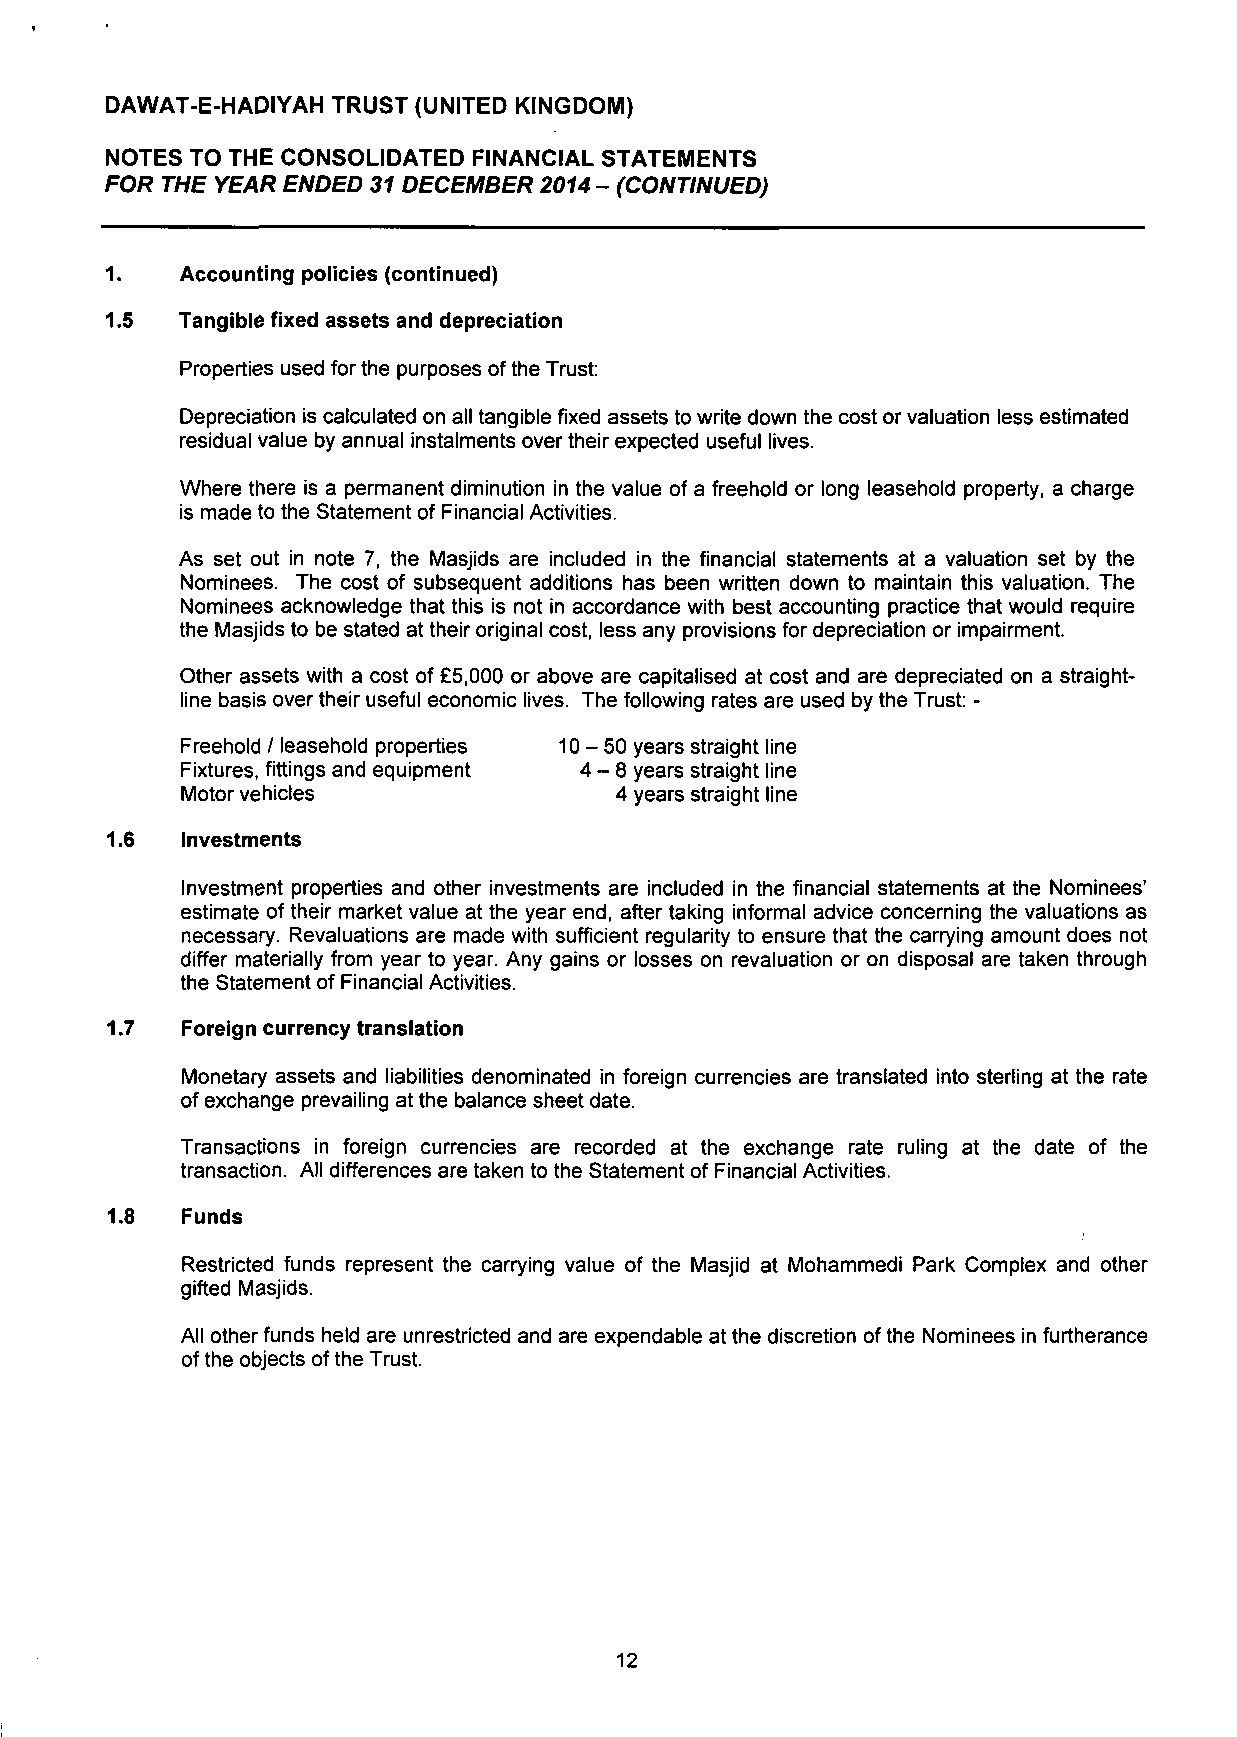
DAWAT-E-HADIYAH TRUST (UNITED KINGDOM)
 NOTES TO THE CONSOLIDATED FINANCIAL STATEMENTS
 FOR THE YEAR ENDED 31 DECEMBER 2014 - (CONTINUED)
 1.   Accounting policies (continued)
 1.5  Tangible fixed assets and depreciation
 Properties used for the purposes of the Trust:
 Depreciation is calculated on all tangible fixed assets to write down the cost or valuation less estimated
 residual value by annual instalments over their expected useful lives.
 Where there is a permanent diminution in the value of a freehold or long leasehold property, a charge
 is made to the Statement of Financial Activities.
 As set out in note 7, the Masjids are included in the financial statements at a valuation set by the
 Nominees. The cost of subsequent additions has been written down to maintain this valuation. The
 Nominees acknowledge that this is not in accordance with best accounting practice that would require
 the Masjids to be stated at their original cost, less any provisions for depreciation or impairment.
 Other assets with a cost of £5,000 or above are capitalised at cost and are depreciated on a straight-
 line basis over their useful economic lives. The following rates are used by the Trust: -
 Freehold / leasehold properties 10-50 years straight line
 Fixtures, fittings and equipment 4-8 years straight line
 Motor vehicles               4 years straight line
 1.6  Investments
 Investment properties and other investments are included in the financial statements at the Nominees'
 estimate of their market value at the year end, after taking informal advice concerning the valuations as
 necessary. Revaluations are made with sufficient regularity to ensure that the carrying amount does not
 differ materially from year to year. Any gains or losses on revaluation or on disposal are taken through
 the Statement of Financial Activities.
 1.7  Foreign currency translation
 Monetary assets and liabilities denominated in foreign currencies are translated into sterling at the rate
 of exchange prevailing at the balance sheet date.
 Transactions in foreign currencies are recorded at the exchange rate ruling at the date of the
 transaction. All differences are taken to the Statement of Financial Activities.
 1.8  Funds
 Restricted funds represent the carrying value of the Masjid at Mohammedi Park Complex and other
 gifted Masjids.
 All other funds held are unrestricted and are expendable at the discretion ofthe Nominees in furtherance
 of the objects of the Trust.
 12